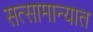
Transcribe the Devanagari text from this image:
सत्सामान्यात